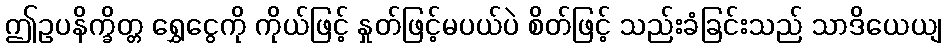
ဤဥပနိက္ခိတ္တ ရွှေငွေကို ကိုယ်ဖြင့် နှုတ်ဖြင့်မပယ်ပဲ စိတ်ဖြင့် သည်းခံခြင်းသည် သာဒိယေယျ